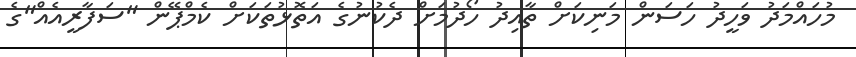
މުހައްމަދު ވަހީދު ހަސަން މަނިކަށް ތާއިދު ހޯދުމަށް ދެކުނުގެ އަތޮޅުތަކަށް ކެމްޕޭން "ސަފާރީއެއް"ގެ